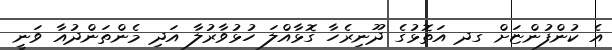
އެ ކުންފުންޏަށް ގދ އަތޮޅުގެ ދޫނިރެހާ ގޮޅާއްލަ ހުޅުވާރުލާ އަދި މެންތަންދުއާ ވަނީ